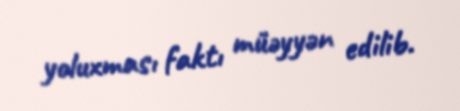
yoluxması faktı müəyyən edilib.